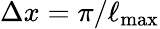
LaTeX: \Delta x=\pi/\ell_{\mathrm{max}}